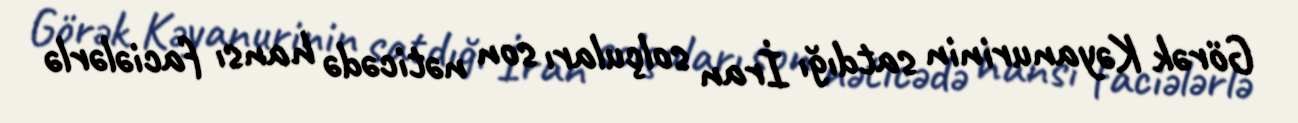
Görək Kəyanurinin satdığı İran solçuları son nəticədə hansı faciələrlə